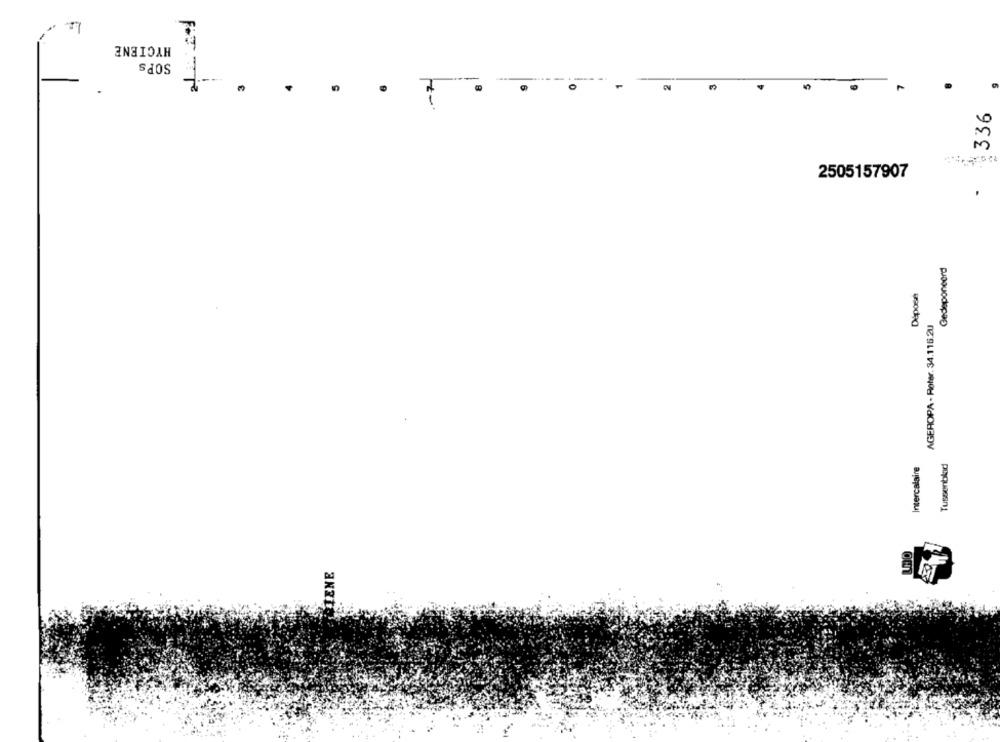
HYGIENE
SOPS
Ca
336
2505157907
Gedeponeerd
AGEROPA - Roter. 34.116.2U
Intercalaire
Tussenblad